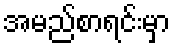
အမည်စာရင်းမှာ